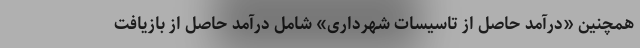
همچنین «درآمد حاصل از تاسیسات شهرداری» شامل درآمد حاصل از بازیافت